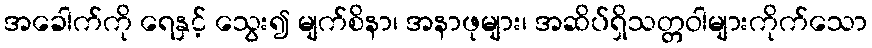
အခေါက်ကို ရေနှင့် သွေး၍ မျက်စိနာ၊ အနာဖုများ၊ အဆိပ်ရှိသတ္တဝါများကိုက်သော